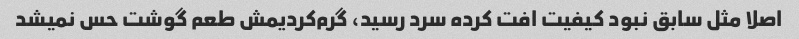
اصلا مثل سابق نبود کیفیت افت کرده سرد رسید، گرم‌کردیمش طعم گوشت حس نمیشد